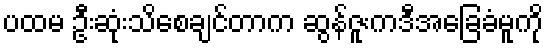
ပထမ ဦးဆုံးသိစေချင်တာက ဆွန်ဇူးကဒီအခြေခံမူကို